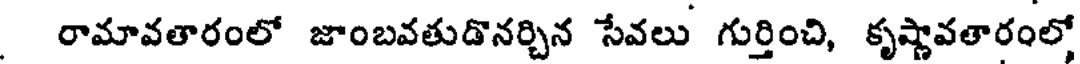
రామావతారంలో జాంబవతుడొనర్చిన సేవలు గుర్తించి, కృష్ణావతారంలో